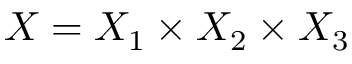
X = X _ { 1 } \times X _ { 2 } \times X _ { 3 }